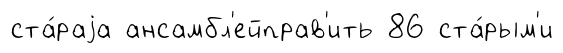
ста́раjа ансамбл'ейправ'ить 86 ста́рым'и